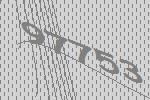
97753